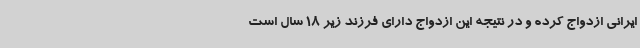
ایرانی ازدواج کرده و در نتیجه این ازدواج دارای فرزند زیر 18 سال است